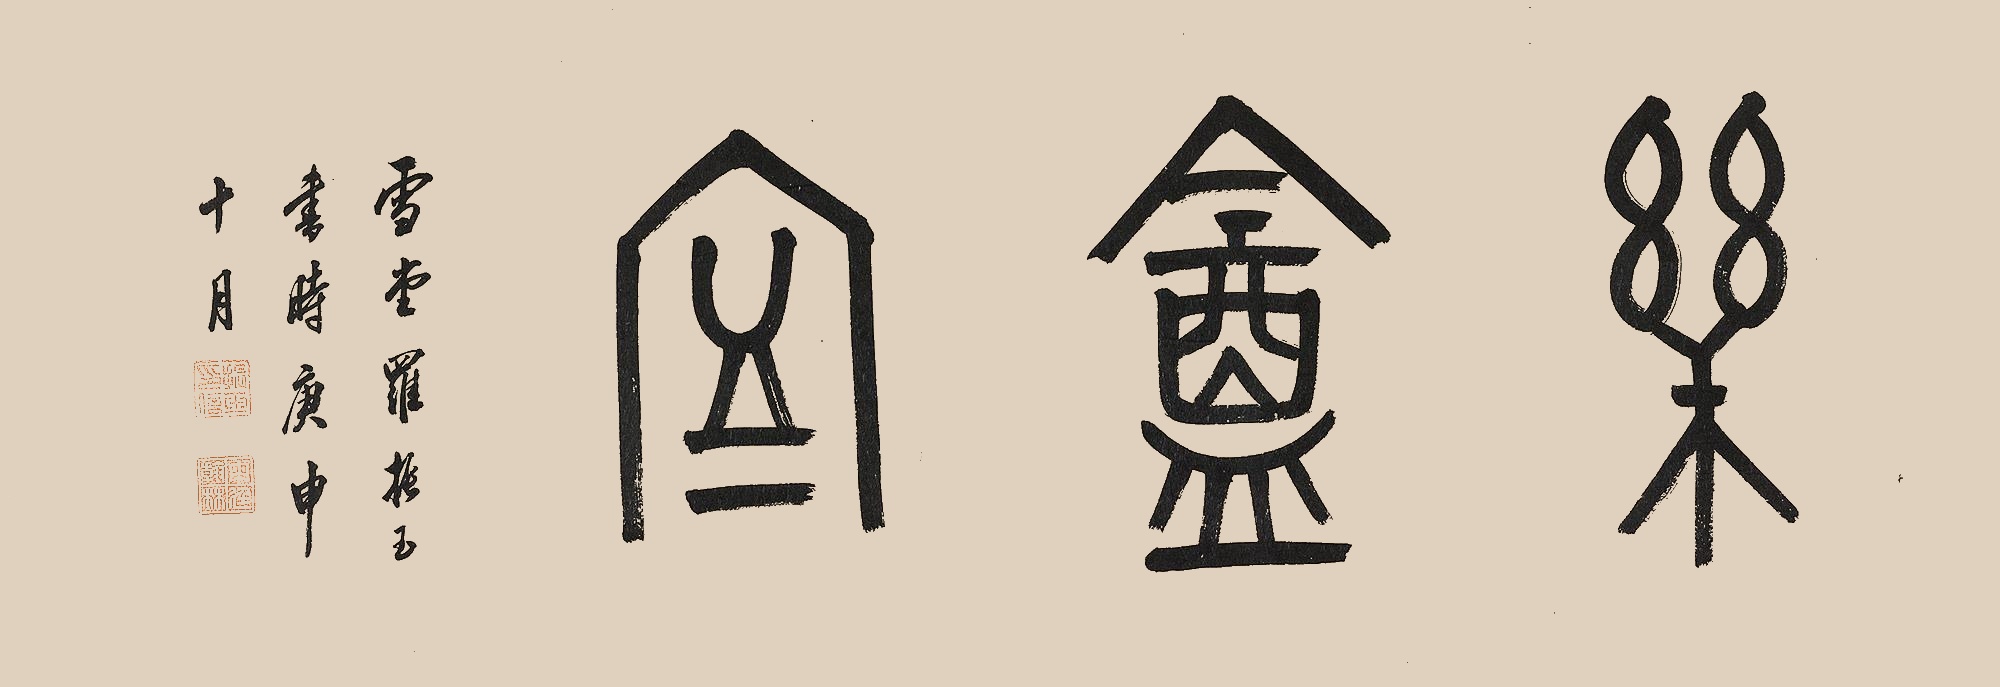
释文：乐盦室。雪堂罗振玉书时庚申十月。